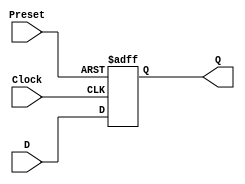
module flipflopp (D,Preset, Clock, Q);
input D, Clock,Preset;
output reg Q;


//addition preset value
always@(negedge Preset, posedge Clock)
	if (!Preset)
		Q<= 1;
	else
	Q = D;

endmodule